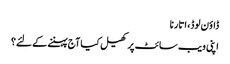
ڈاؤن لوڈ، اتارنا
اپنی ویب سائٹ پر کھیل کیا آج پہننے کے لئے؟